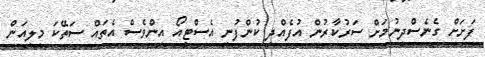
ފަށަށް ގެނެސްދިނުމަށް ސަރުކާރުން އުފެއްދި ކުންފުނި އެސްޓީއޯ އިންވެސް އެތައް ސަތޭކަ މިލިއަން